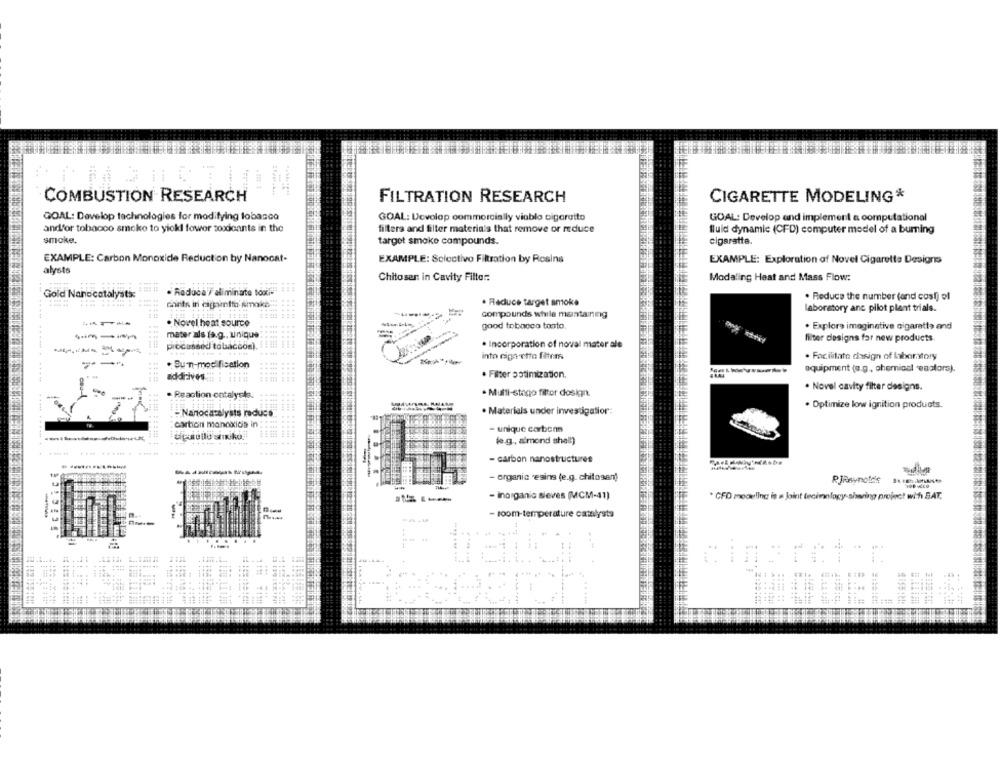
COMBUSTION RESEARCH
FILTRATION RESEARCH
CIGARETTE MODELING*
GOAL: Develop technologies for modifying tobacco
GOAL: Devolop commercially viablo cigaretto
GOAL: Develop and implement a computational
andfor tobacco smoke to yiokl fower toxicants in the
filters and filter materials that remove or reduce
fluid dynamic (CFD) computer model of a burning
smoke.
target smoke compounds.
cigarette.
EXAMPLE: Carbon Monoxide Reduction by Nanocat-
EXAMPLE: Selectivo Filtration by Resins
EXAMPLE: Exploration of Novel Cigarette Designs
alysts
---
Chitosan in Cavity Filter:
Modaling Heat and Mass Flow:
Gold Nanocatalysts:
Raducay aliminate box).
. Reduce the number (and cost) of
cants in digitto smoke"
. Reduce target smoke
laboratory anc pilot plant trials.
compounds while maintaining
. Novel heat source
-
good tobacco tanto.
. Explore imaginative cigaratta and
----
mater als la.g ., unique
filter designs for new products
Processed tobaccos).
. Incorporation of noval mater ale
into riga etto fitrms
. Facilitate chasign of laboratory
. Sun-modification
· Filter optimization.
equipment (e.g ., chemiosl 'eaalors).
......
. Novel cavity filter designs.
. Reaction entalys
. Multi-stago filter dosign.
. Optimize low ignition products.
. Materials under investigation:
- Nanocatalysts raducs
Carton monoxidis in
- unique carbons
..... ...... .
(e.g ., almond shell)
- carbon nanostructures
- organic 'esins (e.g. chitosan)
......
* CFD modeling is a Joint tecimology-sharing project with SAT.
- inorganic sieves (MCM-41)
- room-temperature catalysts
1 ...